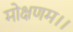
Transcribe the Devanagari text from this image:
मोक्षणम।।